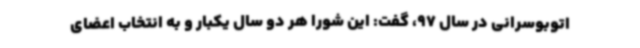
اتوبوسرانی در سال 97، گفت: این شورا هر دو سال یکبار و به انتخاب اعضای